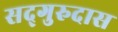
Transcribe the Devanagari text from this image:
सद्‌गुरुदास